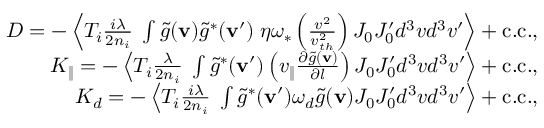
\begin{array} { r } { D = - \left\langle T _ { i } \frac { i \lambda } { 2 n _ { i } } \; \int \tilde { g } ( { \bf v } ) \tilde { g } ^ { * } ( { \bf v } ^ { \prime } ) \; \eta \omega _ { \ast } \left( \frac { v ^ { 2 } } { v _ { t h } ^ { 2 } } \right) J _ { 0 } J _ { 0 } ^ { \prime } d ^ { 3 } v d ^ { 3 } v ^ { \prime } \right\rangle + \mathrm { c . c . } , } \\ { K _ { \| } = - \left\langle T _ { i } \frac { \lambda } { 2 n _ { i } } \; \int \tilde { g } ^ { * } ( { \bf v } ^ { \prime } ) \left( v _ { \| } \frac { \partial \tilde { g } ( { \bf v } ) } { \partial l } \right) J _ { 0 } J _ { 0 } ^ { \prime } d ^ { 3 } v d ^ { 3 } v ^ { \prime } \right\rangle + \mathrm { c . c . } , } \\ { K _ { d } = - \left\langle T _ { i } \frac { i \lambda } { 2 n _ { i } } \; \int \tilde { g } ^ { * } ( { \bf v } ^ { \prime } ) \omega _ { d } \tilde { g } ( { \bf v } ) J _ { 0 } J _ { 0 } ^ { \prime } d ^ { 3 } v d ^ { 3 } v ^ { \prime } \right\rangle + \mathrm { c . c . } , } \end{array}